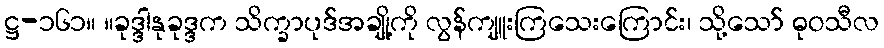
ဋ္ဌ-၁၆၁။ ။ခုဒ္ဒါနုခုဒ္ဒက သိက္ခာပုဒ်အချို့ကို လွန်ကျူးကြသေးကြောင်း၊ သို့သော် ဓုဝသီလ